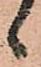
候